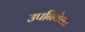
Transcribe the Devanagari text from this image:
उपनिवेश।